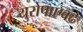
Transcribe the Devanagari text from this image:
युरोपाएवढे